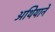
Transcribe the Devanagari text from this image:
अथियाने